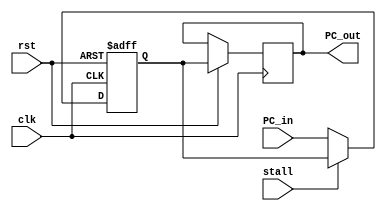
module PC #(parameter BW = 32)
(
    input                   clk, rst,

    input    [BW - 1:0]     PC_in,

    input                   stall,

    output   [BW - 1:0]     PC_out
);

    reg      [BW - 1:0]     PC_reg;

    always @ (posedge clk or negedge rst)
    begin
        if (!rst)
        begin
            PC_reg <= {BW{1'b0}};
        end

        else
        begin  
            if (stall)
            begin
                PC_reg <=   PC_reg;
                PC_out  <=   PC_reg;
            end

            else
            begin
                PC_reg <=   PC_in;
                PC_out  <=   PC_reg;
            end
        end
    end

endmodule